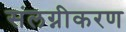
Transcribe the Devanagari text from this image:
संलग्नीकरण